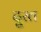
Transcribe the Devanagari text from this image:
दु्रत